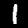
Label: 1